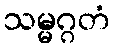
သမ္မဂ္ဂတံ